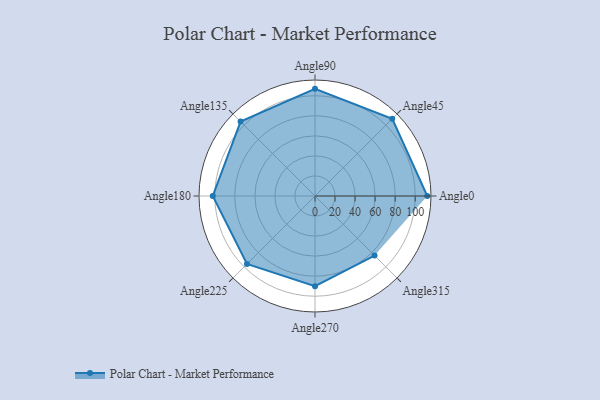
{"axis": {"x": "Angle", "y": "Radius"}, "legend": [""], "data": [{"x": "Angle0", "y": 112.0, "type": ""}, {"x": "Angle45", "y": 109.0, "type": ""}, {"x": "Angle90", "y": 107.0, "type": ""}, {"x": "Angle135", "y": 105.0, "type": ""}, {"x": "Angle180", "y": 102.0, "type": ""}, {"x": "Angle225", "y": 96.0, "type": ""}, {"x": "Angle270", "y": 90.0, "type": ""}, {"x": "Angle315", "y": 84.0, "type": ""}]}